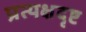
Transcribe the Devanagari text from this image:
प्रत्यक्षदृष्ट